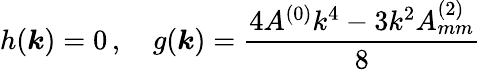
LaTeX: h(\boldsymbol{k})=0\, ,\quad g(\boldsymbol{k})=\frac{4A^{(0)}k^{4}-3k^{2}A_{mm}^{(2)}}{8}